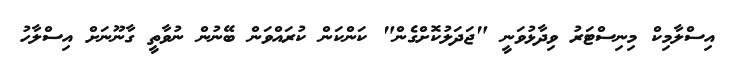
އިސްލާމިކް މިނިސްޓަރު ވިދާޅުވަނީ "ޖަދަލުކޮށްގެން" ކަންކަން ކުރައްވަން ބޭނުން ނުވާތީ ގާނޫނަށް އިސްލާހު